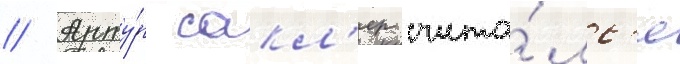
// Арту́р сакл'ер счита́лс'я